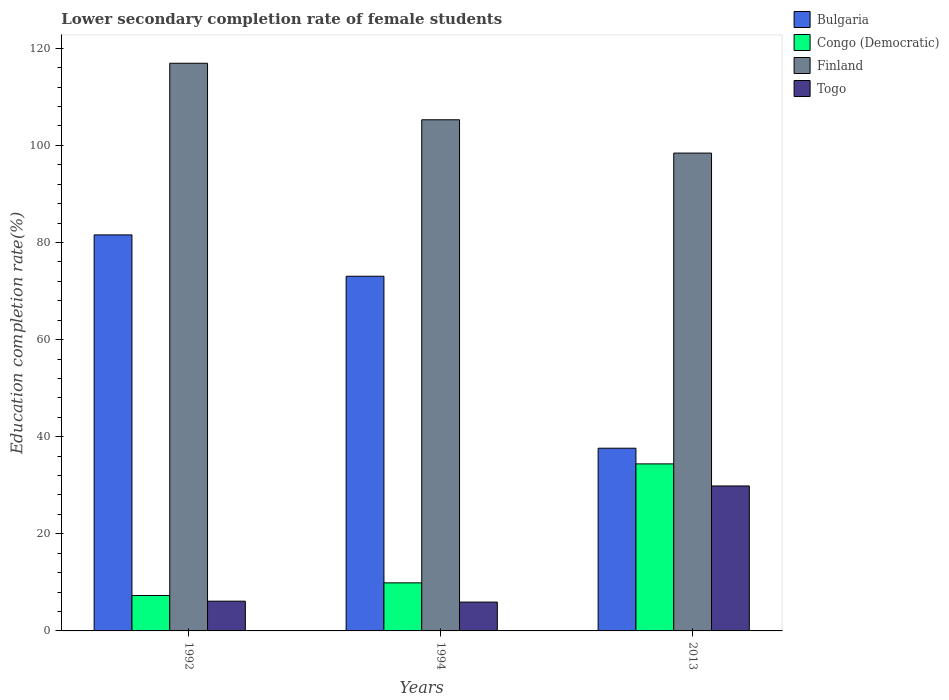
| Years | Bulgaria | Congo (Democratic) | Finland | Togo |
 | --- | --- | --- | --- | --- |
 | 1992 | 81.6 | 7.3 | 117 | 6.13 |
 | 1994 | 73 | 9.9 | 105 | 5.94 |
 | 2013 | 37.6 | 34.4 | 98.4 | 29.9 |